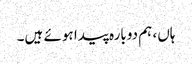
ہاں، ہم دوبارہ پیدا ہوئے ہیں۔